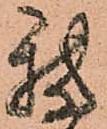
我